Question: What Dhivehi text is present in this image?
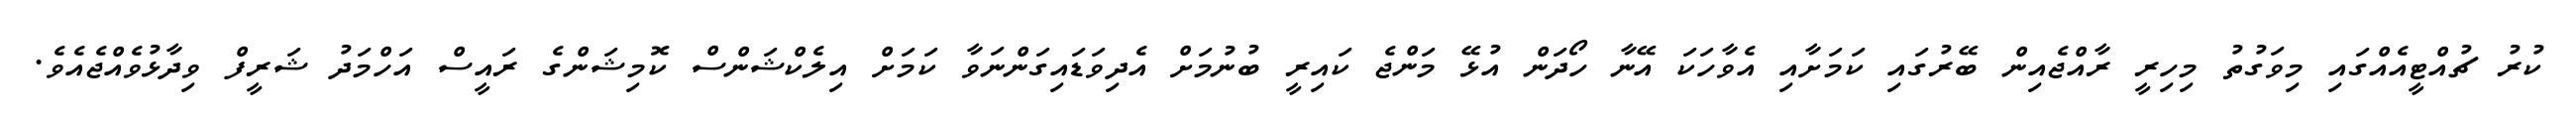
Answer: ކުރު ޗުއްޓީއެއްގައި މިވަގުތު މިހިރީ ރާއްޖެއިން ބޭރުގައި ކަމަށާއި އެވާހަކަ އޭނާ ހޯދަން އުޅޭ މަންޖެ ކައިރީ ބުނުމަށް އެދިވަޑައިގަންނަވާ ކަމަށް އިލެކްޝަންސް ކޮމިޝަންގެ ރައީސް އަހްމަދު ޝަރީފް ވިދާޅުވެއްޖެއެވެ.